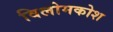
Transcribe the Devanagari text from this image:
विलोमकोश